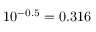
1 0 ^ { - 0 . 5 } = 0 . 3 1 6